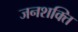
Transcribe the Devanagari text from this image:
जनशक्‍ति